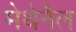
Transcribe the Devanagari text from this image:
मेथेनैल